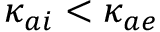
\kappa _ { a i } < \kappa _ { a e }